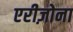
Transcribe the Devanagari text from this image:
एरीज़ोना